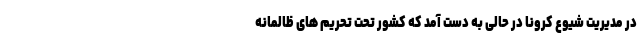
در مدیریت شیوع کرونا در حالی به دست آمد که کشور تحت تحریم های ظالمانه